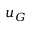
u _ { G }